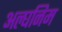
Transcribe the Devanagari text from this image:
अल्घनिम